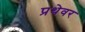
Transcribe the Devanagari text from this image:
प्रथेवर